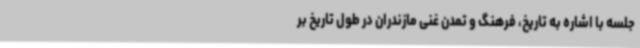
جلسه با اشاره به تاریخ، فرهنگ و تمدن غنی مازندران در طول تاریخ بر